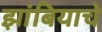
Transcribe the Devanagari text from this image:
झांबियाचे